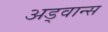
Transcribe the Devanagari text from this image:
अड्वान्स